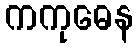
ကကုဓေန